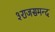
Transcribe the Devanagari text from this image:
३राजसमन्द